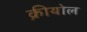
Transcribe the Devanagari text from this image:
क्रीयोल